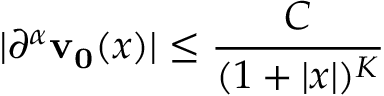
\vert \partial ^ { \alpha } \mathbf { v _ { 0 } } ( x ) \vert \leq { \frac { C } { ( 1 + \vert x \vert ) ^ { K } } } \qquad